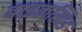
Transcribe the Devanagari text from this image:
बाइकस्पिड